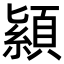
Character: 顈